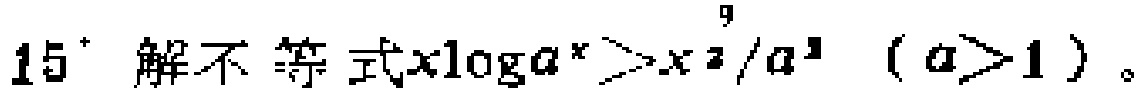
$15^{\circ}\text{ 解不等式}x\log a^{x}>x^{2}/a^{2}\ \ (a > 1)$。